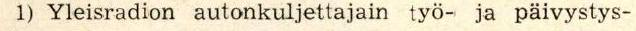
1) Yleisradion autonkuljettajain työ- ja päivystys-